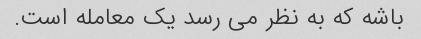
باشه که به نظر می رسد یک معامله است.